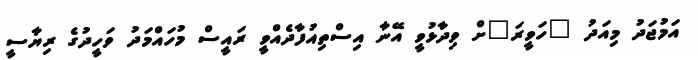
އަމުޖަދު މިއަދު "ހަވީރަ"ށް ވިދާޅުވީ އޭނާ އިސްތިއުފާދެއްވީ ރައީސް މުހައްމަދު ވަހީދުގެ ރިޔާސީ